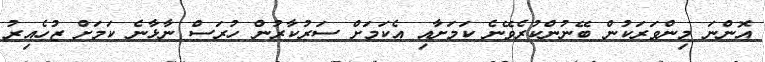
އޮންނަ މިންވަރަކުން ބޭނުންކުރެވޭނެ ކަމަށާއި އެކަމަށް ސަރުކާރުން ހުރަސް ނާޅާނެ ކަމަށް ޒުހެއިރު